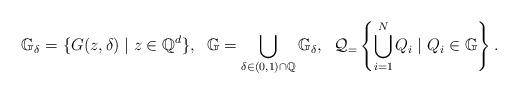
LaTeX: \begin{align*}&\mathbb{G}_\delta = \{G(z,\delta) \mid z \in \mathbb{Q}^d\},\; \;\mathbb{G} = \bigcup_{\delta \in (0,1) \cap \mathbb{Q}} \mathbb{G}_\delta, \;\;\mathcal{Q}_=\left\{\bigcup_{i=1}^N Q_i \mid Q_i \in \mathbb{G} \right\}. \end{align*}